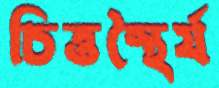
চিত্তস্থৈর্য